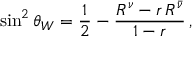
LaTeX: \sin ^ { 2 } \theta _ { W } = \frac { 1 } { 2 } - \frac { R ^ { \nu } - r \, R ^ { \bar { \nu } } } { 1 - r } \, ,